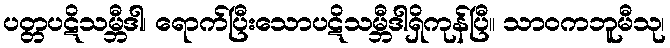
ပတ္တပဋိသမ္ဘီဒါ၊ ရောက်ပြီးသောပဋိသမ္ဘီဒါရှိကုန်ပြီ။ သာဝကဘူမီသု၊